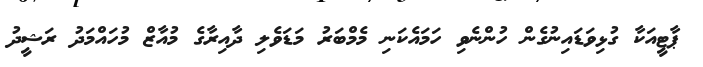
ޕާޓީއަކާ ގުޅިވަޑައިނުގެން ހުންނެވި ހަމައެކަނި މެމްބަރު މަޑަވެލި ދާއިރާގެ މުއާޒް މުހައްމަދު ރަޝީދު